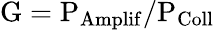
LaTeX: \mathrm{G={P_{Amplif}}/{P_{Coll}}}